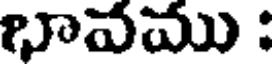
భావము :